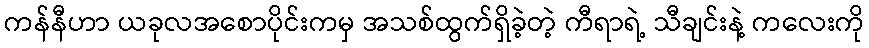
ကန်နီဟာ ယခုလအစောပိုင်းကမှ အသစ်ထွက်ရှိခဲ့တဲ့ ကီရာရဲ့ သီချင်းနဲ့ ကလေးကို